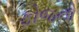
ફોજનો